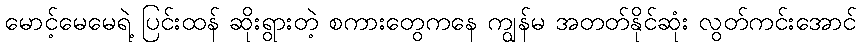
မောင့်မေမေရဲ့ ပြင်းထန် ဆိုးရွားတဲ့ စကားတွေကနေ ကျွန်မ အတတ်နိုင်ဆုံး လွတ်ကင်းအောင်